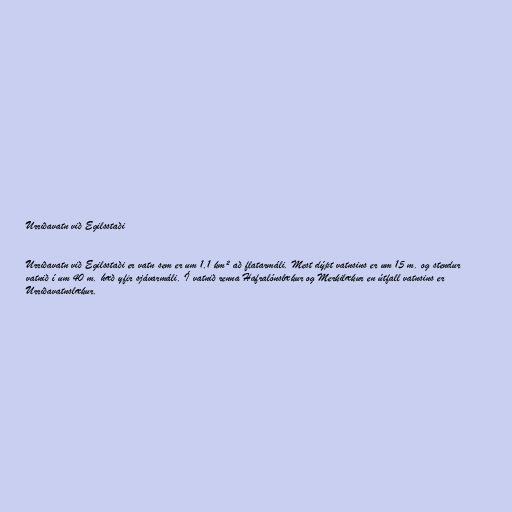
Urriðavatn við Egilsstaði

Urriðavatn við Egilsstaði er vatn sem er um 1,1 km² að flatarmáli. Mest dýpt vatnsins er um 15 m. og stendur
vatnið í um 40 m. hæð yfir sjávarmáli. Í vatnið renna Hafralónslækur og Merkilækur en útfall vatnsins er
Urriðavatnslækur.